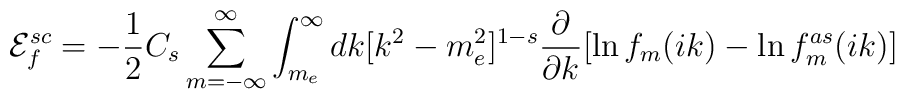
{\cal E} _f^{sc}= - \frac 12 C_s \sum_{m=-\infty}^\infty\int^\infty_{m_e} dk [k^2 -m_e^2]^{1-s} \frac{\partial}{\partial k} [\ln f_m(ik)- \ln f^{as}_m(ik)]